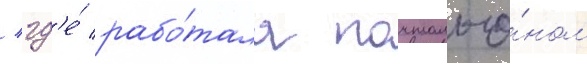
/ гд'е́ рабо́тала почтальо́ном